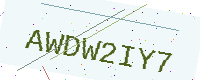
Text: AWDW2IY7